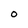
Character: O